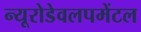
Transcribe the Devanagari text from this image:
न्यूरोडेवलपमेंटल